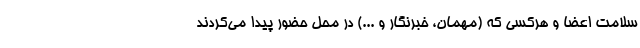
سلامت اعضا و هرکسی که (مهمان، خبرنگار و ...) در محل حضور پیدا می‌کردند